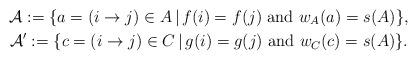
LaTeX: \begin{gather*}\mathcal{A}:=\{a=(i\to j)\in A\,\vert\,f(i)=f(j)\mbox{ and }w_A(a)=s(A)\},\\\mathcal{A}':=\{c=(i\to j)\in C\,\vert\,g(i)=g(j)\mbox{ and }w_C(c)=s(A)\}.\end{gather*}